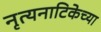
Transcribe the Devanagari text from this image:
नृत्यनाटिकेच्या